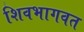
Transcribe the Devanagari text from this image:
शिवभागवत